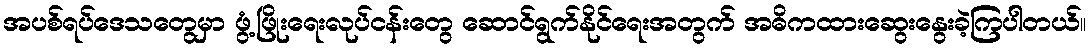
အပစ်ရပ်ဒေသတွေမှာ ဖွံ့ဖြိုးရေးလုပ်ငန်းတွေ ဆောင်ရွက်နိုင်ရေးအတွက် အဓိကထားဆွေးနွေးခဲ့ကြပါတယ်။